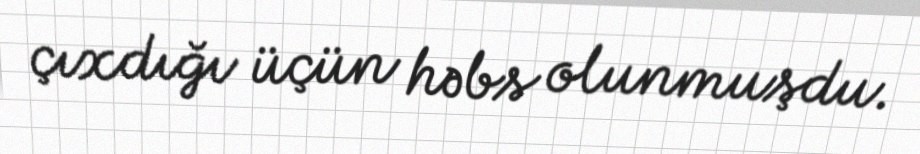
çıxdığı üçün həbs olunmuşdu.